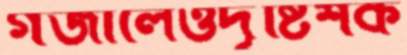
গজালেওদৃষ্টিশক